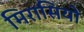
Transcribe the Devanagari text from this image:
मिरासियों